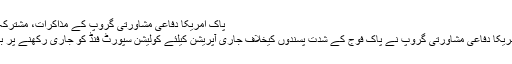
پاک امریکا دفاعی مشاورتی گروپ کے مذاکرات، مشترکہ اعلامیہ جاری -
واشنگٹن : پاک امریکا دفاعی مشاورتی گروپ نے پاک فوج کے شدت پسندوں کیخلاف جاری آپریشن کیلئے کولیشن سپورٹ فنڈ کو جاری رکھنے پر بات چیت کی ہے۔